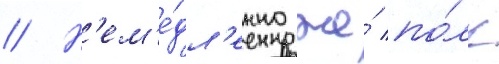
// Н'ем'е́дл'енно же́ по́лк